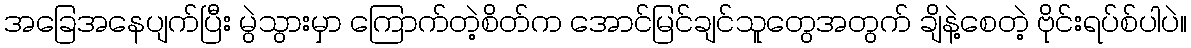
အခြေအနေပျက်ပြီး မွဲသွားမှာ ကြောက်တဲ့စိတ်က အောင်မြင်ချင်သူတွေအတွက် ချိနဲ့စေတဲ့ ဗိုင်းရပ်စ်ပါပဲ။